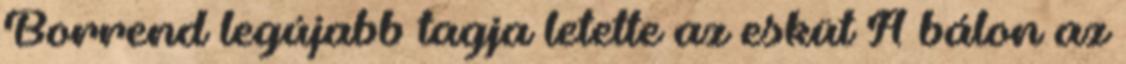
Borrend legújabb tagja letette az esküt A bálon az